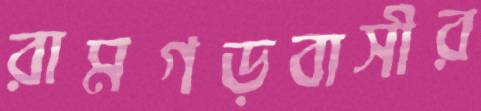
রামগড়বাসীর